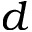
d